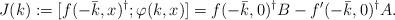
LaTeX: \begin{align*}J(k):=[f(-\bar{k},x)^\dagger;\varphi(k,x)]=f(-\bar{k},0)^\dagger B-f'(-\bar{k},0)^\dagger A.\end{align*}